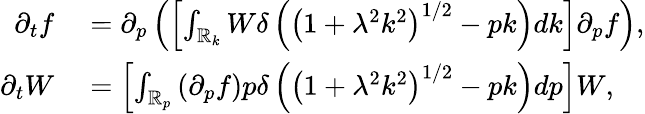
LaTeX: \begin{array}{rl}{\partial_{t}f}&{{}=\partial_{p}\left(\left[\int_{\mathbb{R}_{k}}W\delta\left(\left(1+\lambda^{2}k^{2}\right)^{1/2}-pk\right)dk\right]\partial_{p}f\right),}\\ {\partial_{t}W}&{{}=\left[\int_{\mathbb{R}_{p}}\left(\partial_{p}f\right)p\delta\left(\left(1+\lambda^{2}k^{2}\right)^{1/2}-pk\right)dp\right]W,}\end{array}